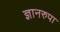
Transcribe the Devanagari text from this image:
ज्ञानरुपा